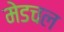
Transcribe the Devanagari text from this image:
मेडचल